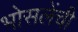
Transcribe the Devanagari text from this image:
भोसलेंची